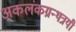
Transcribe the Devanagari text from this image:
अकलंकग्रन्थत्रयी